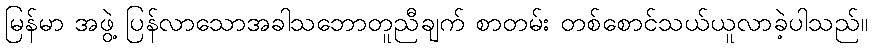
မြန်မာ အဖွဲ့ ပြန်လာသောအခါသဘောတူညီချက် စာတမ်း တစ်စောင်သယ်ယူလာခဲ့ပါသည်။